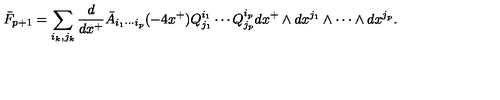
\bar { F } _ { p + 1 } = \sum _ { i _ { k } , j _ { k } } \frac { d } { d x ^ { + } } \bar { A } _ { i _ { 1 } \cdots i _ { p } } ( - 4 x ^ { + } ) Q _ { j _ { 1 } } ^ { i _ { 1 } } \cdots Q _ { j _ { p } } ^ { i _ { p } } d x ^ { + } \wedge d x ^ { j _ { 1 } } \wedge \cdots \wedge d x ^ { j _ { p } } .